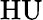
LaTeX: \mathrm{HU}